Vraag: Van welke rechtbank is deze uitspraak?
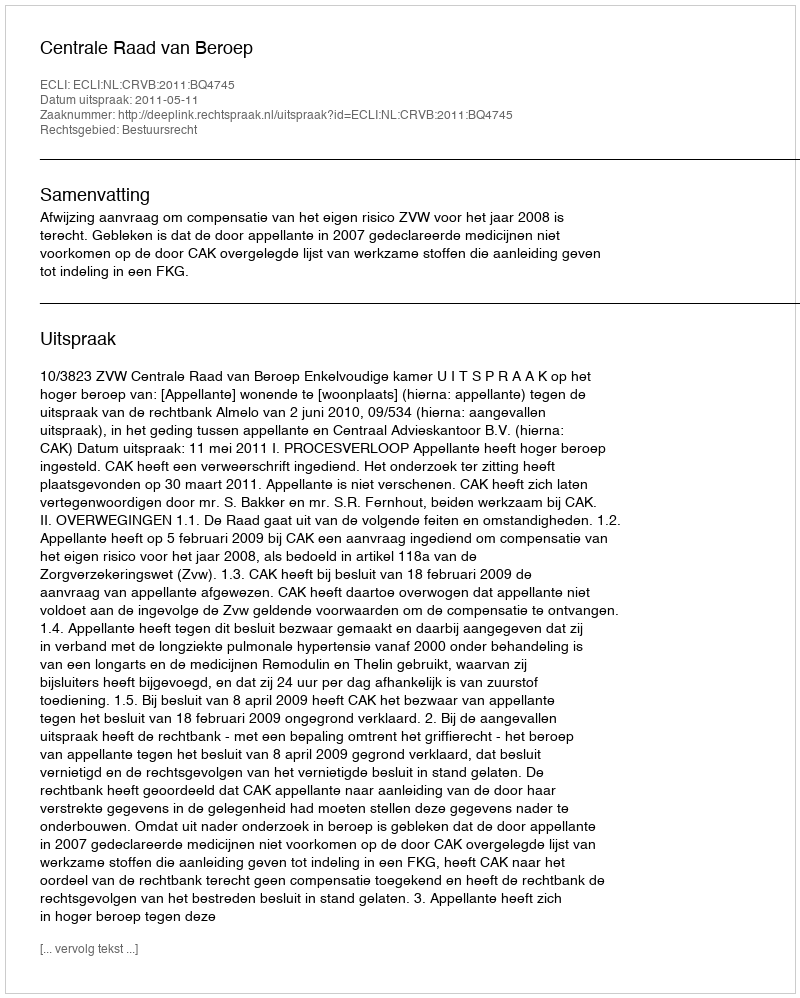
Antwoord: Centrale Raad van Beroep